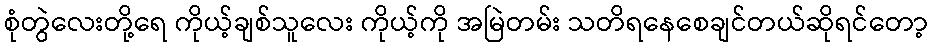
စုံတွဲလေးတို့ရေ ကိုယ့်ချစ်သူလေး ကိုယ့်ကို အမြဲတမ်း သတိရနေစေချင်တယ်ဆိုရင်တော့